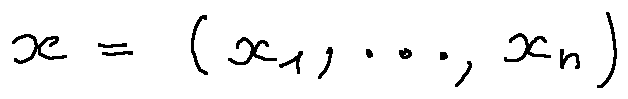
x = ( x _ { 1 } , \ldots , x _ { n } )